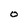
Character: O